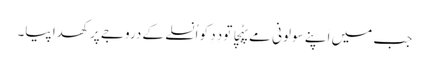
جب میں اَپنے سولونی مے پہُچا تو دِدِ کو اُنسلے کے دروجے پر کھدا پیا۔